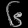
Digit: ၆